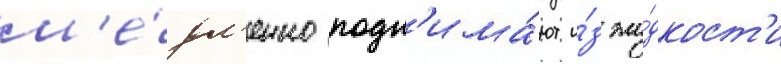
м'е́дл'енно подн'има́ют и́з жи́дкост'и